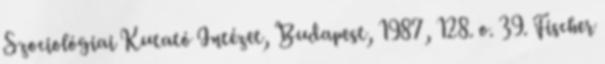
Szociológiai Kutató Intézet, Budapest, 1987, 128. o. 39. Fischer